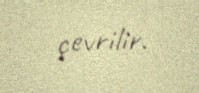
çevrilir.